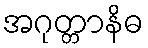
အဂုတ္တာနိဓ